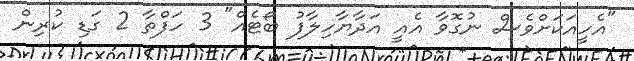
"އެހީއަކަށްވެސް ނުގޮވާ އެއީ އަދާޔާހިލާފު ބޯޓެއް" 3 ހަފްތާ 2 ގަޑި ކުރިން